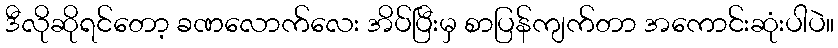
ဒီလိုဆိုရင်တော့ ခဏလောက်လေး အိပ်ပြီးမှ စာပြန်ကျက်တာ အကောင်းဆုံးပါပဲ။